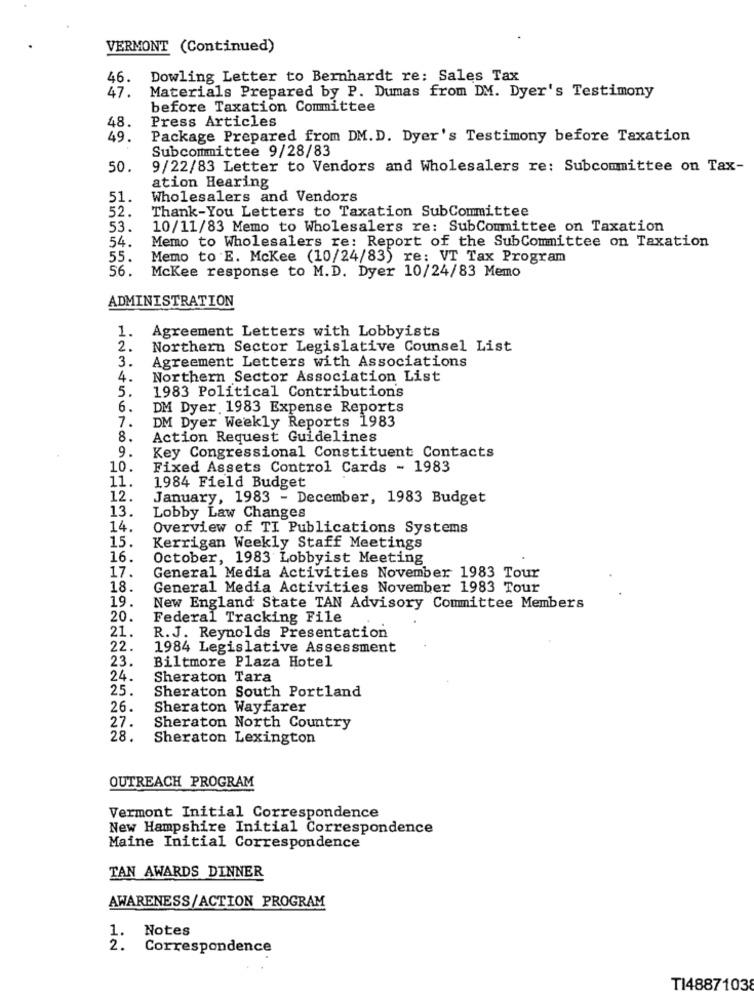
VERMONT (Continued)
46. Dowling Letter to Bernhardt re: Sales Tax
47.
Materials Prepared by P. Dumas from DM. Dyer's Testimony
before Taxation Committee
48.
Press Articles
49.
Package Prepared from DM.D. Dyer's Testimony before Taxation
Subcommittee 9/28/83
50.
9/22/83 Letter to Vendors and Wholesalers re: Subcommittee on Tax-
ation Hearing
51.
Wholesalers and Vendors
52.
Thank-You Letters to Taxation SubCommittee
53.
10/11/83 Memo to Wholesalers re: SubCommittee on Taxation
54.
Memo to Wholesalers re: Report of the SubCommittee on Taxation
55.
Memo to E. Mckee (10/24/83) re: VT Tax Program
McKee response to M.D. Dyer 10/24/83 Memo
56.
ADMINISTRATION
1.
Agreement Letters with Lobbyists
2.
Northern Sector Legislative Counsel List
Agreement Letters with Associations
3.
4.
Northern Sector Association List
5.
1983 Political Contributions
6.
DM Dyer 1983 Expense Reports
DM Dyer Weekly Reports 1983
1.
8.
Action Request Guidelines
9.
Key Congressional Constituent Contacts
10.
Fixed Assets Control Cards - 1983
11.
1984 Field Budget
12.
January, 1983 - December, 1983 Budget
13.
Lobby Law Changes
14.
Overview of TI Publications Systems
15.
Kerrigan Weekly Staff Meetings
16.
October, 1983 Lobbyist Meeting
17.
General Media Activities November 1983 Tour
18.
General Media Activities November 1983 Tour
19.
New England State TAN Advisory Committee Members
20.
Federal Tracking File
21.
R.J. Reynolds Presentation
22.
1984 Legislative Assessment
23.
Biltmore Plaza Hotel
24.
Sheraton Tara
25.
Sheraton South Portland
26.
Sheraton Wayfarer
27.
Sheraton North Country
28.
Sheraton Lexington
OUTREACH PROGRAM
Vermont Initial Correspondence
New Hampshire Initial Correspondence
Maine Initial Correspondence
TAN AWARDS DINNER
AWARENESS/ACTION PROGRAM
1. Notes
2.
Correspondence
TI48871038